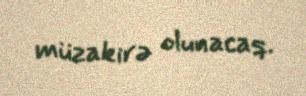
müzakirə olunacaq.